65_HS1-834228961_62-HQ-83894_Section_8
Agency: FBI
Page 103
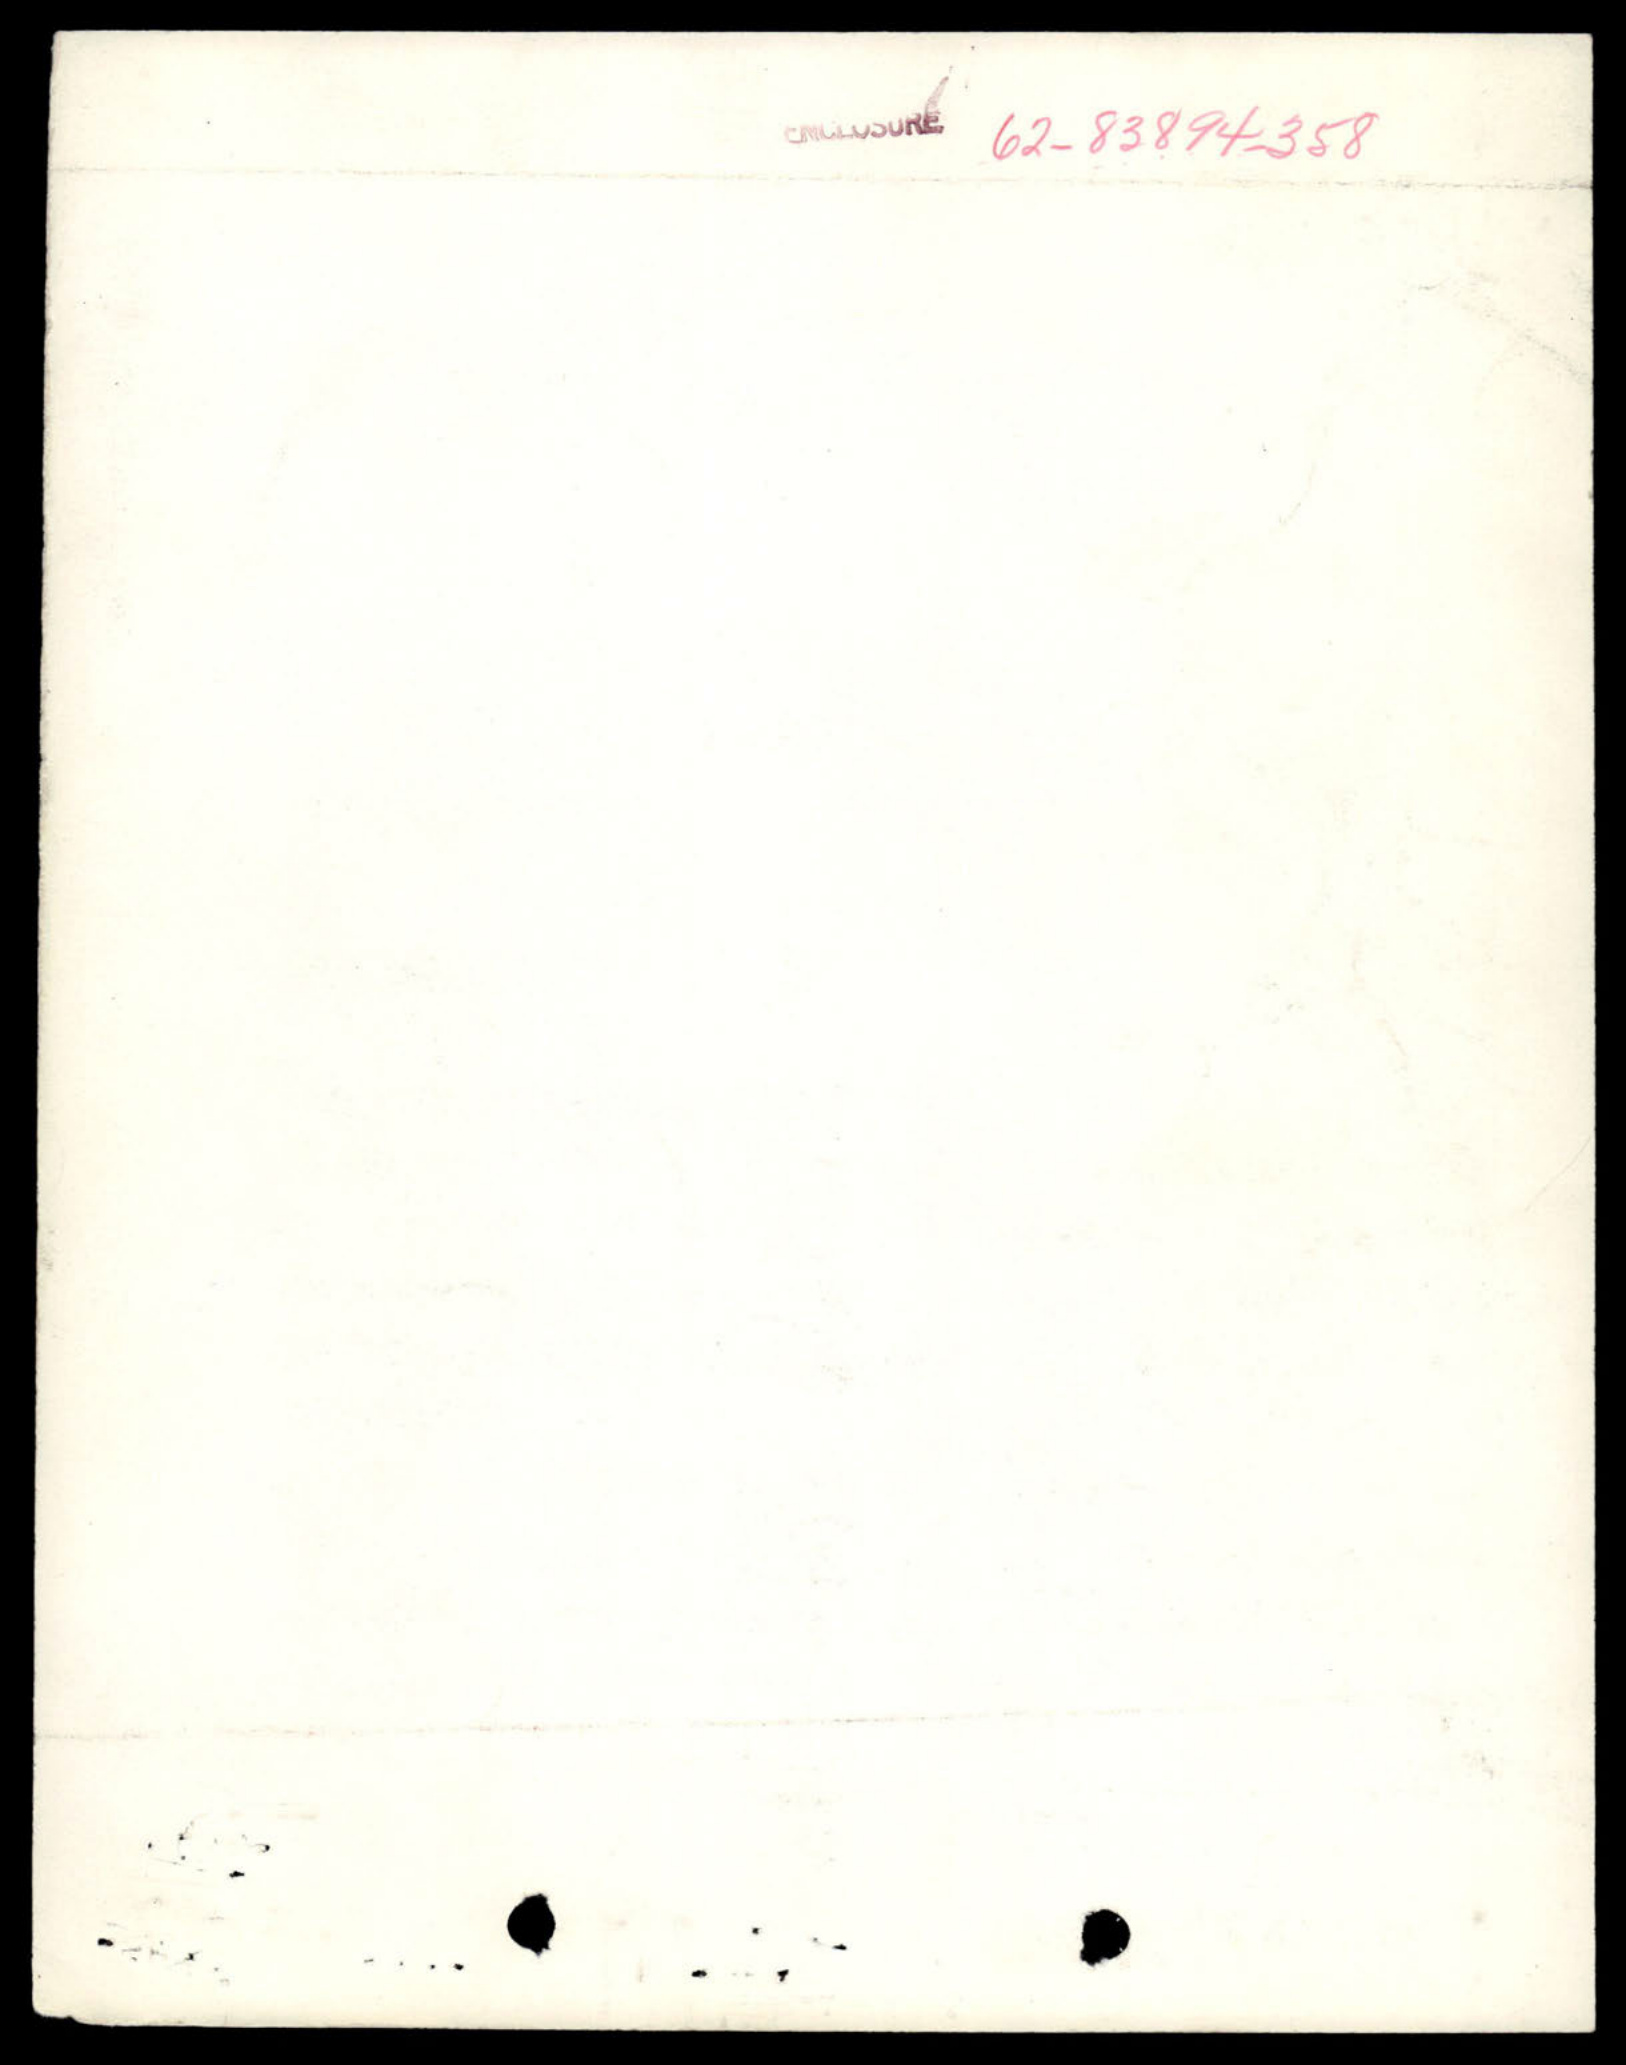